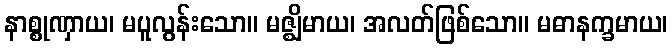
နာစ္စုဏှာယ၊ မပူလွန်းသော။ မဇ္ဈိမာယ၊ အလတ်ဖြစ်သော။ မဓာနက္ခမာယ၊